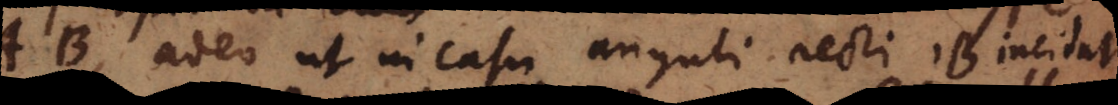
AB, adeo ut in casu anguli recti 1B incidat